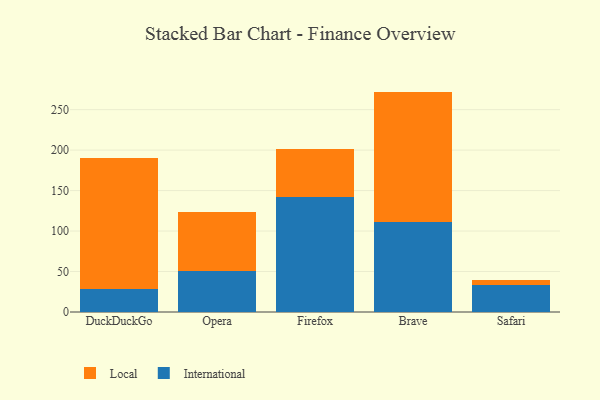
{"axis": {"x": "Browser", "y": "Net Income (USD K)"}, "legend": ["International", "Local"], "data": [{"x": "DuckDuckGo", "y": 29.0, "type": "International"}, {"x": "DuckDuckGo", "y": 160.9, "type": "Local"}, {"x": "Opera", "y": 51.2, "type": "International"}, {"x": "Opera", "y": 72.6, "type": "Local"}, {"x": "Firefox", "y": 142.6, "type": "International"}, {"x": "Firefox", "y": 58.6, "type": "Local"}, {"x": "Brave", "y": 111.4, "type": "International"}, {"x": "Brave", "y": 160.9, "type": "Local"}, {"x": "Safari", "y": 33.5, "type": "International"}, {"x": "Safari", "y": 6.3, "type": "Local"}]}